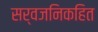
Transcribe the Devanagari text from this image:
सर्वजनिकहित